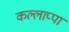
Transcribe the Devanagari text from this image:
कल्लाप्पा